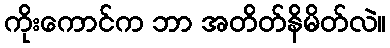
ကိုးကောင်က ဘာ အတိတ်နိမိတ်လဲ။